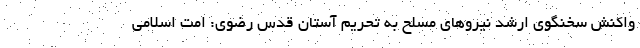
واکنش سخنگوی ارشد نیروهای مسلح به تحریم آستان قدس رضوی: امت اسلامی